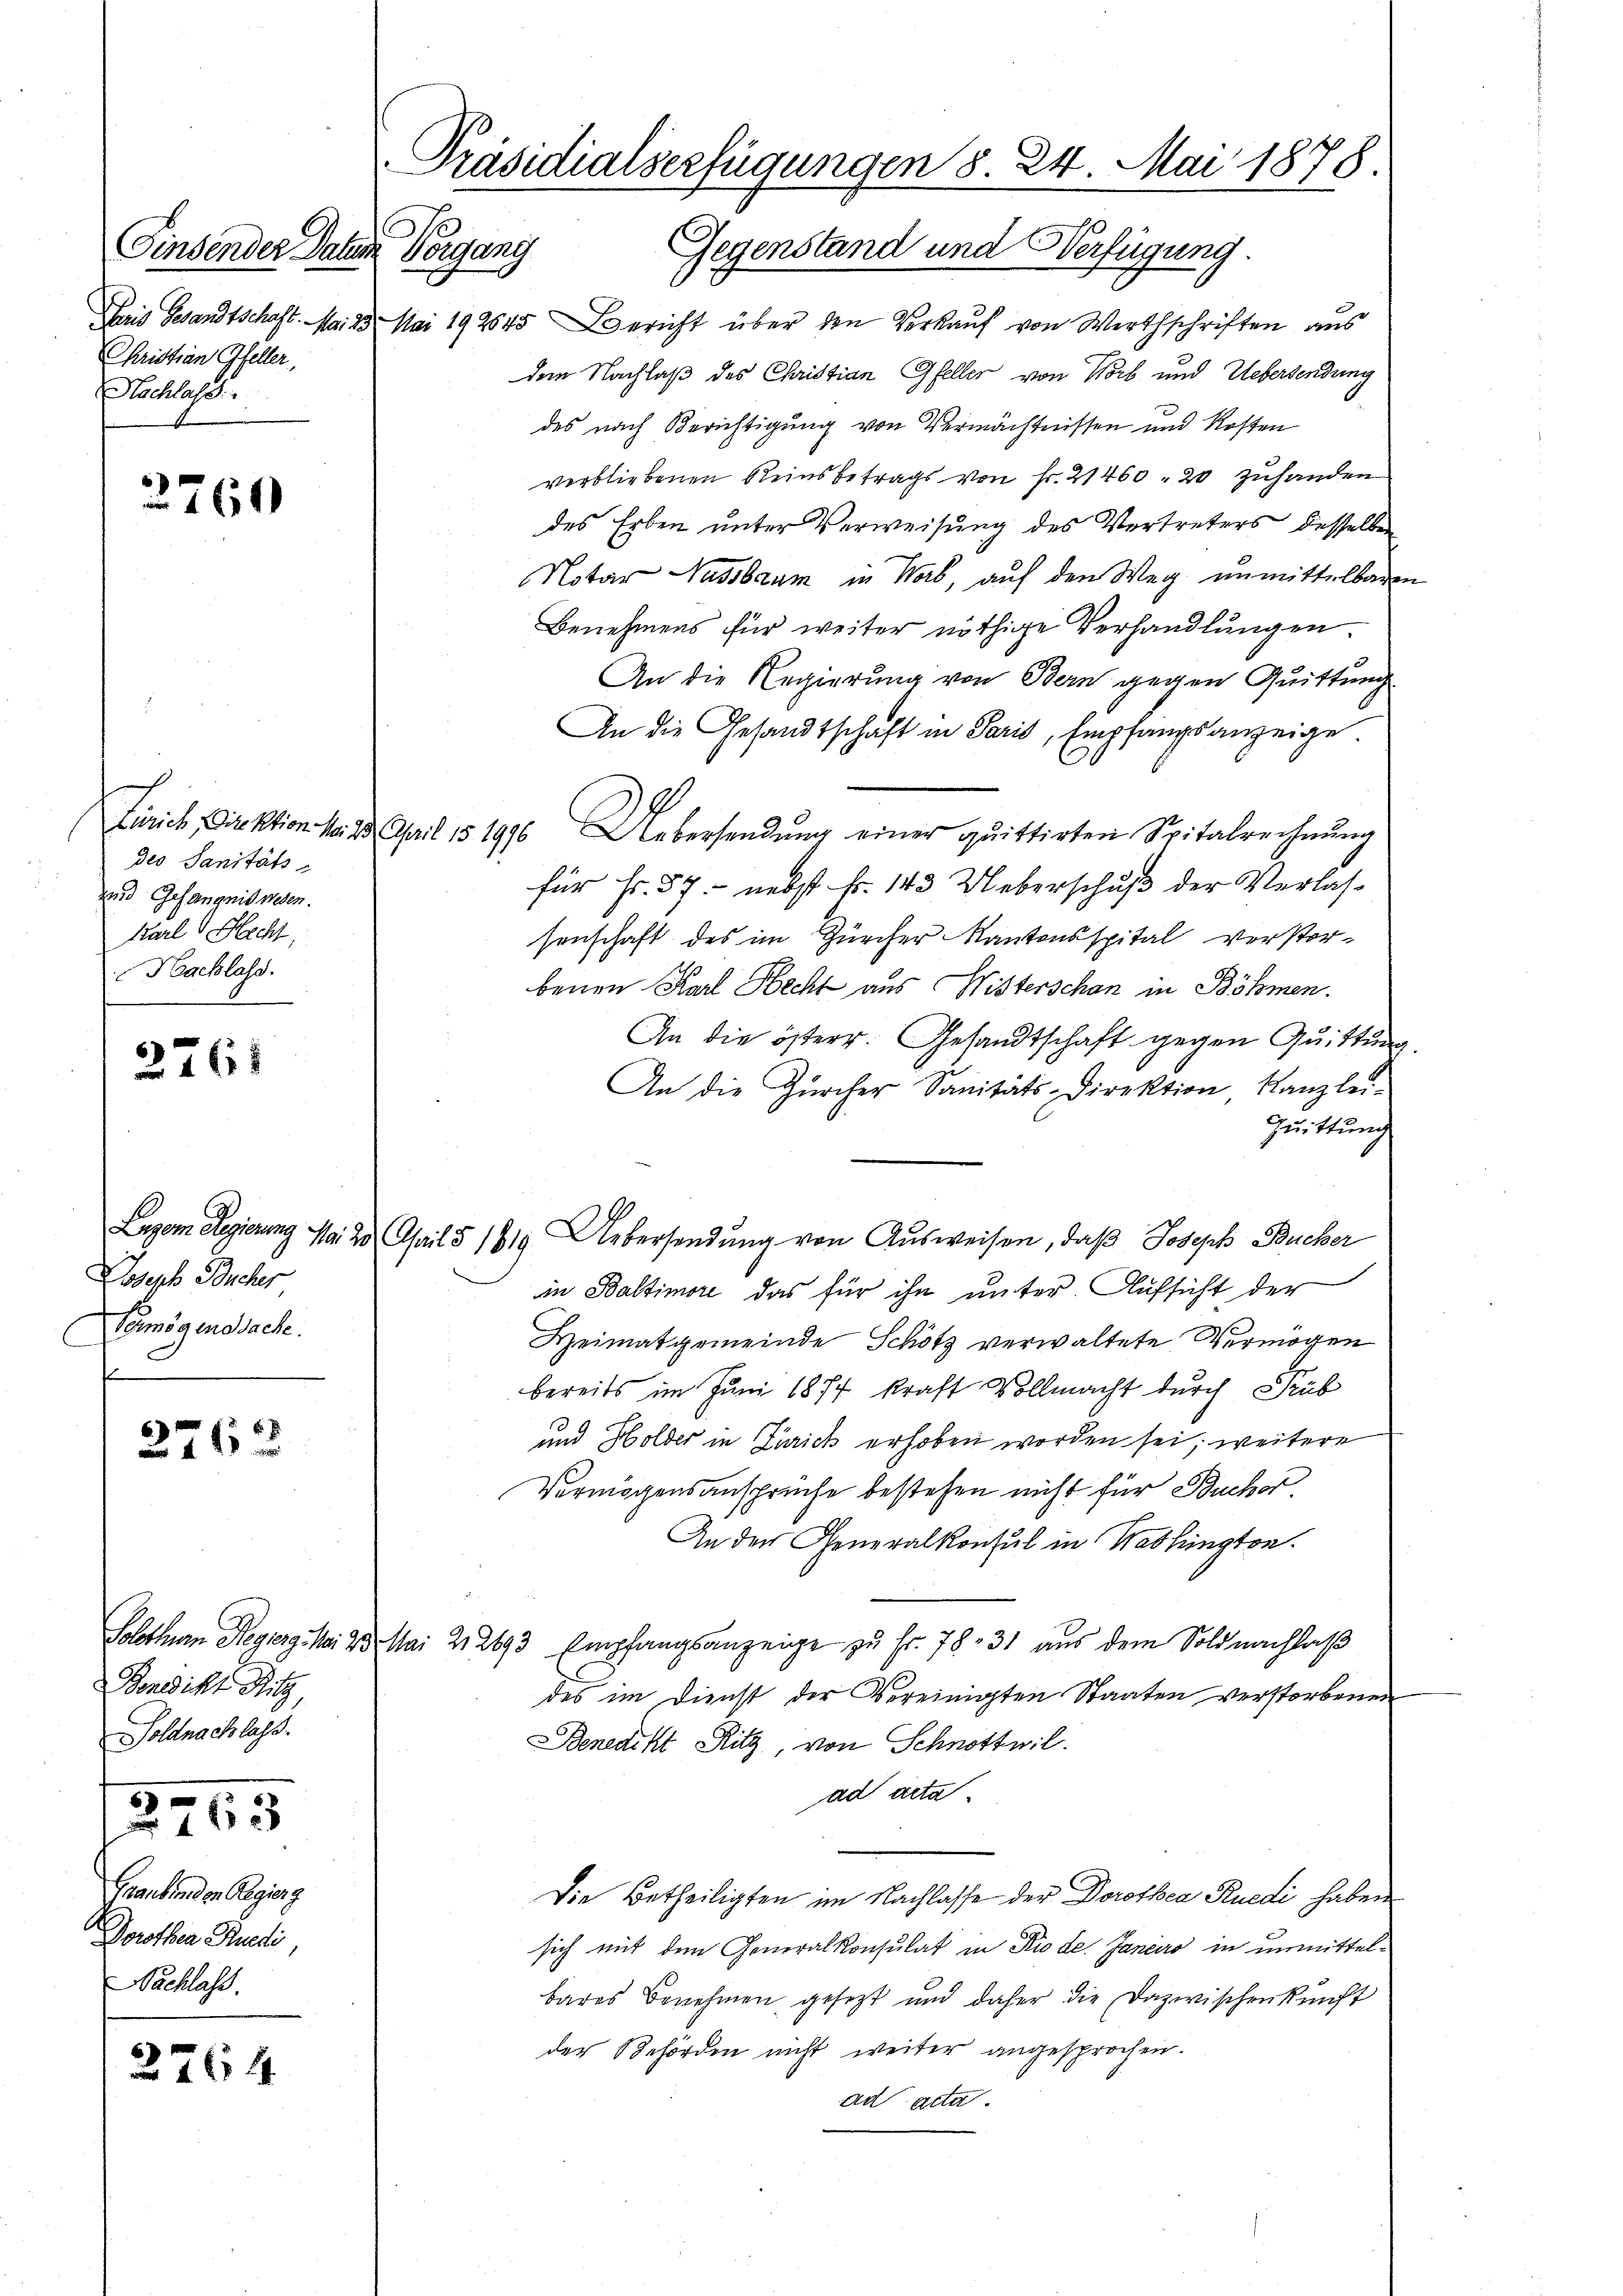
Finsender Datum Vorgang
Christian Gfeller,
Nachlass

2760

des Sanitäts
und Gefängnis wesen.
Karl Hecht
Hachlass.

2761

Joseph Bücher
Comögenssache.

2762

Bonvikt Ritz,
Soldnachlass.

3465

Graubünden Regier g
Dorothen Rudi,
Nachlass.

2764

Präsidialserfügungen 8. 24. Mai 1878.
.
Gegenstand und Verfügung.

Tais Gesandtschaft. Mai 25. Mai 192545 Bericht über den Verkauf von Wirthschriften aus
dem Nachlaß des Christian Gfeller von Worb und Uebersendung
des nach Berichtigung von Vermächtnissen und Kosten
verbliebenen Reins betrags von Fr. 21460, 20 zuhanden
des Erben unter Verweisung des Vertreters desselben
Notar Nussbaum in Weib, auf den Weg unmittelbaren
Benehmens für weiter nöthige Verhandlungen.
An die Regierung von Bern gegen Quittung
An die Gesandtschaft in Paris, Empfangsanzeige
Zürich, Direktion No. 2. April 151916 Uebersendung einer quittirten Spitalrechnŭng
für Fr. 57. - nebst Fr. 143 Ueberschuß der Verlassenschaft des im Zürcher Kantonsspital verstorbenen Karl Hecht aus Wisterschan in Böhmen.
An die österr. Gesandtschaft gegen Quittung.
An die Zürcher Sanitäts-Direktion, Kanzlei-
Quittung
Ligem Regierung No. 20. April § 1819 Uebersendung von Ausweisen, daβ Joseph Bucher
in Baltimore das für ihn unter Aufsicht der
Heimatgemeinde Schötz verwaltete Vermögen
bereits im Juni 1877 kraft Vollmacht durch Pub
und Holder in Zürich erhoben worden sei; weitere
Vermögensansprüche bestehen nicht für Bucher
An den Generalkonsul in Washington.
Solothurn Regieng No 23. Mai 21 2193 Empfangsanzeige zu Fr. 78. 31 aus dem Soldnachlaß
des im Dienst der Vereinigten Staaten verstorbenen
Benedikt Ritz, von Schnottwil
ad acta
Die Betheiligten im Nachlasse der Dorothea Ruedi haben
sich mit dem Generalkonsulat in Rio de. Janaro in unmittelbares Benehmen gesetzt und daher die Dazwischenkunft
der Behörden nicht weiter angesprochen.
ad acta.